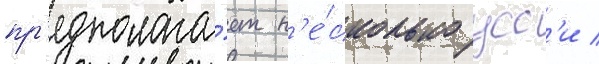
пр'едполага́ет н'е́сколько усс'и /